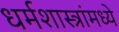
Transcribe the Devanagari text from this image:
धर्मशास्त्रांमध्ये